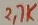
Text: 2,7K